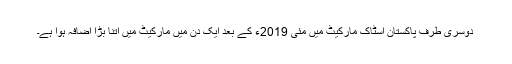
دوسری طرف پاکستان اسٹاک مارکیٹ میں مئی 2019ء کے بعد ایک دن میں مارکیٹ میں اتنا بڑا اضافہ ہوا ہے۔